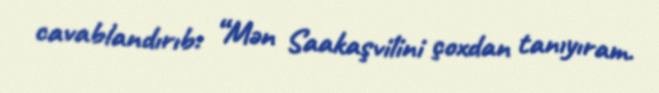
cavablandırıb: “Mən Saakaşvilini çoxdan tanıyıram.